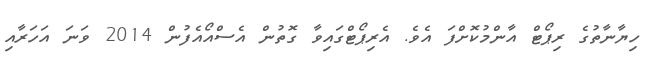
ހިޔާނާތުގެ ރިޕޯޓް އާންމުކޮށްފަ އެވެ. އެރިޕޯޓްގައިވާ ގޮތުން އެސްއޯއެފުން 2014 ވަނަ އަހަރާއި